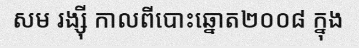
សម រង្ស៊ី កាលពីបោះឆ្នោត២០០៨ ក្នុង